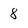
Character: 8